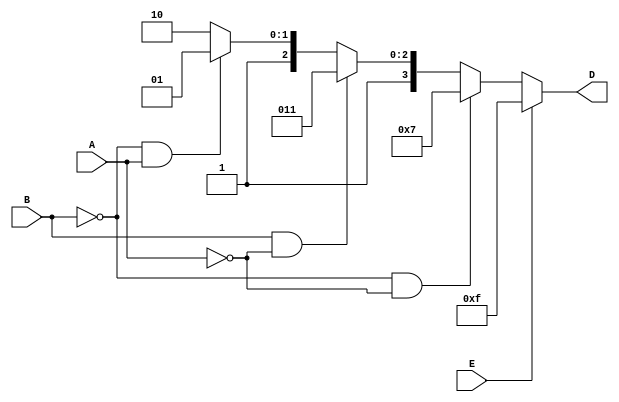
`timescale 1ns/100ps
module m2x4_decoder_enable(D,A,B,E);

input wire A,B,E;
output reg [3:0] D;

always@ (A,B,E) begin

    if(E==1)begin
        D<=4'b1111;
    end

    else begin
        if(B==0&&A==0) D<=4'b0111;
        else if(B==1&&A==0) D<=4'b1011;
        else if(B==0&&A==1) D<=4'b1101;
        else D<=4'b1110;
    end
end

endmodule

module tb_m2x4_decoder_enable();

    reg A,B,E;
    wire [3:0] D;

    m2x4_decoder_enable test_2x4dec(D,A,B,E);

    initial begin

        A=0; B=0; E=0;
        #250 A=1; B=0; E=0;
        #250 A=0; B=1; E=0;
        #250 A=1; B=1; E=0;
        #250 A=1; B=0; E=1;
        #250 A=1; B=1; E=1;
        #250 A=0; B=1; E=1;

    end

endmodule